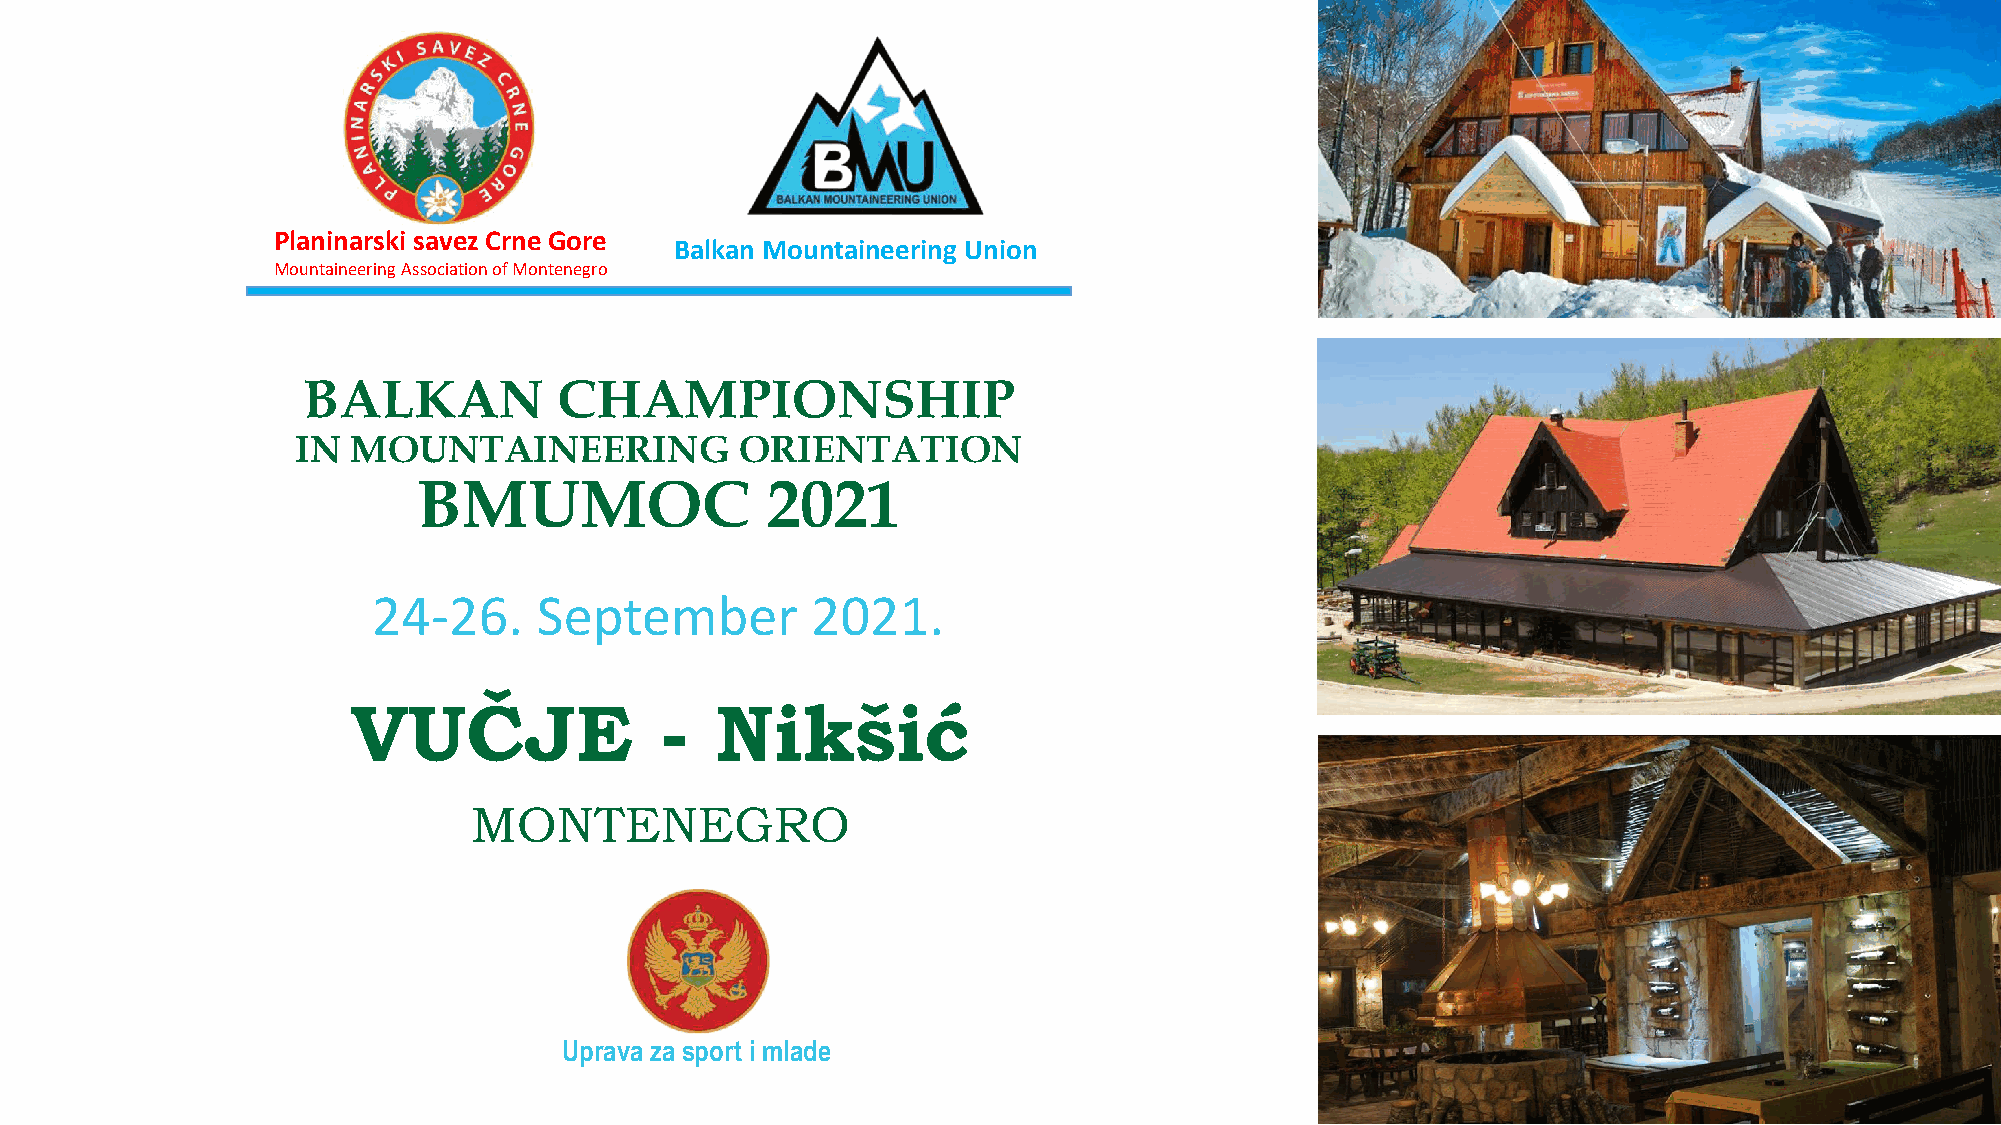
Planinarski savez Crne Gore
 Balkan Mountaineering Union
 Mountaineering Association of Montenegro
 BALKAN           CHAMPIONSHIP
 IN MOUNTAINEERING            ORIENTATION
 BMUMOC                 2021
 24-26.     September         2021.
 VUČJE                -  Nikšić
 MONTENEGRO
 Uprava za sport i mlade